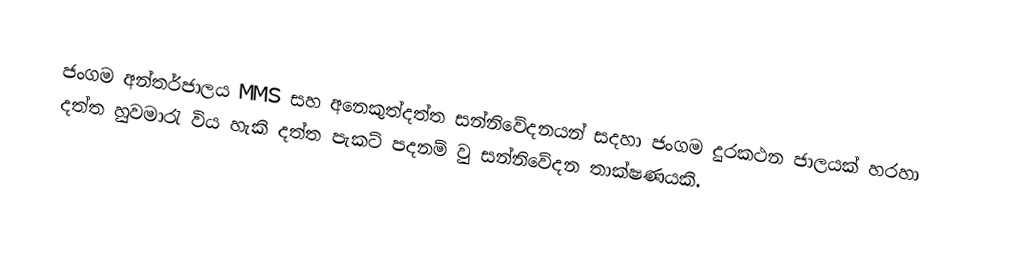
ජංගම අන්තර්ජාලය MMS සහ අනෙකුත්දත්ත සන්නිවේදනයන් සදහා ජංගම දුරකථන ජාලයක් හරහා දත්ත හුවමාරැ විය හැකි දත්ත පැකට් පදනම් වු සන්නිවේදන තාක්ෂණයකි.